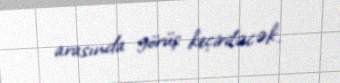
arasında görüş keçiriləcək.